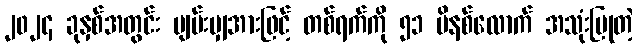
၂၀၂၄ ခုနှစ်အတွင်း ပျမ်းမျှအားဖြင့် တစ်ရက်ကို ၅၁ မိနစ်လောက် အသုံးပြုတဲ့